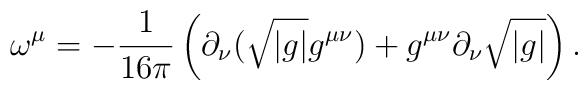
\omega^\mu = -{1 \over 16\pi}\left( \partial_\nu( \sqrt{\vert g\vert} g^{\mu\nu})+ g^{\mu \nu} \partial_\nu \sqrt{\vert g\vert}\right).